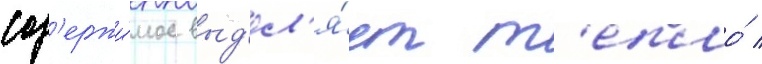
сод'ержи́мое выд'ел'я́ет т'епло́ /